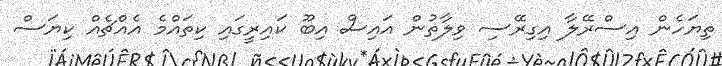
ތިޔަހެން އިސްރޭލާ އިގިރޭސި ވިލާތުން އައިސް އިބޫ ކައިރީގައި ކިތައްމެ އެއްޗެއް ކިޔަސް